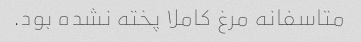
متاسفانه مرغ کاملا پخته نشده بود‌.